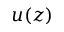
u ( z )